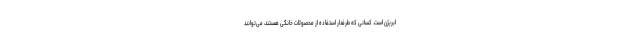
ابریژن است. کسانی که طرفدار استفاده از محصولات خانگی هستند، می‌توانند